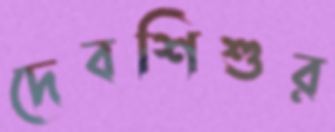
দেবশিশুর